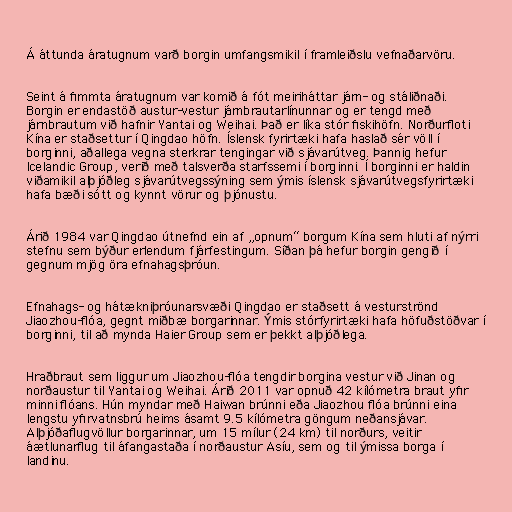
Á áttunda áratugnum varð borgin umfangsmikil í framleiðslu vefnaðarvöru.

Seint á fimmta áratugnum var komið á fót meiriháttar járn- og stáliðnaði.
Borgin er endastöð austur-vestur járnbrautarlínunnar og er tengd með
járnbrautum við hafnir Yantai og Weihai. Það er líka stór fiskihöfn. Norðurfloti
Kína er staðsettur í Qingdao höfn. Íslensk fyrirtæki hafa haslað sér völl í
borginni, aðallega vegna sterkrar tengingar við sjávarútveg. Þannig hefur
Icelandic Group, verið með talsverða starfssemi í borginni. Í borginni er haldin
viðamikil alþjóðleg sjávarútvegssýning sem ýmis íslensk sjávarútvegsfyrirtæki
hafa bæði sótt og kynnt vörur og þjónustu.

Árið 1984 var Qingdao útnefnd ein af „opnum“ borgum Kína sem hluti af nýrri
stefnu sem býður erlendum fjárfestingum. Síðan þá hefur borgin gengið í
gegnum mjög öra efnahagsþróun.

Efnahags- og hátækniþróunarsvæði Qingdao er staðsett á vesturströnd
Jiaozhou-flóa, gegnt miðbæ borgarinnar. Ýmis stórfyrirtæki hafa höfuðstöðvar í
borginni, til að mynda Haier Group sem er þekkt alþjóðlega.

Hraðbraut sem liggur um Jiaozhou-flóa tengdir borgina vestur við Jinan og
norðaustur til Yantai og Weihai. Árið 2011 var opnuð 42 kílómetra braut yfir
minni flóans. Hún myndar með Haiwan brúnni eða Jiaozhou flóa brúnni eina
lengstu yfirvatnsbrú heims ásamt 9.5 kílómetra göngum neðansjávar.
Alþjóðaflugvöllur borgarinnar, um 15 mílur (24 km) til norðurs, veitir
áætlunarflug til áfangastaða í norðaustur Asíu, sem og til ýmissa borga í
landinu.